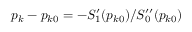
p _ { k } - p _ { k 0 } = - S _ { 1 } ^ { \prime } ( p _ { k 0 } ) / S _ { 0 } ^ { \prime \prime } ( p _ { k 0 } )